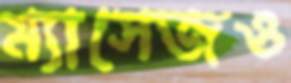
ম্যাসেজও